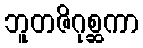
ဘူတဇိဂုစ္ဆကာ